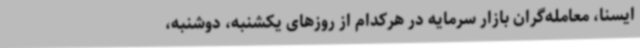
ایسنا، معامله‌گران بازار سرمایه در هرکدام از روزهای یکشنبه، دوشنبه،